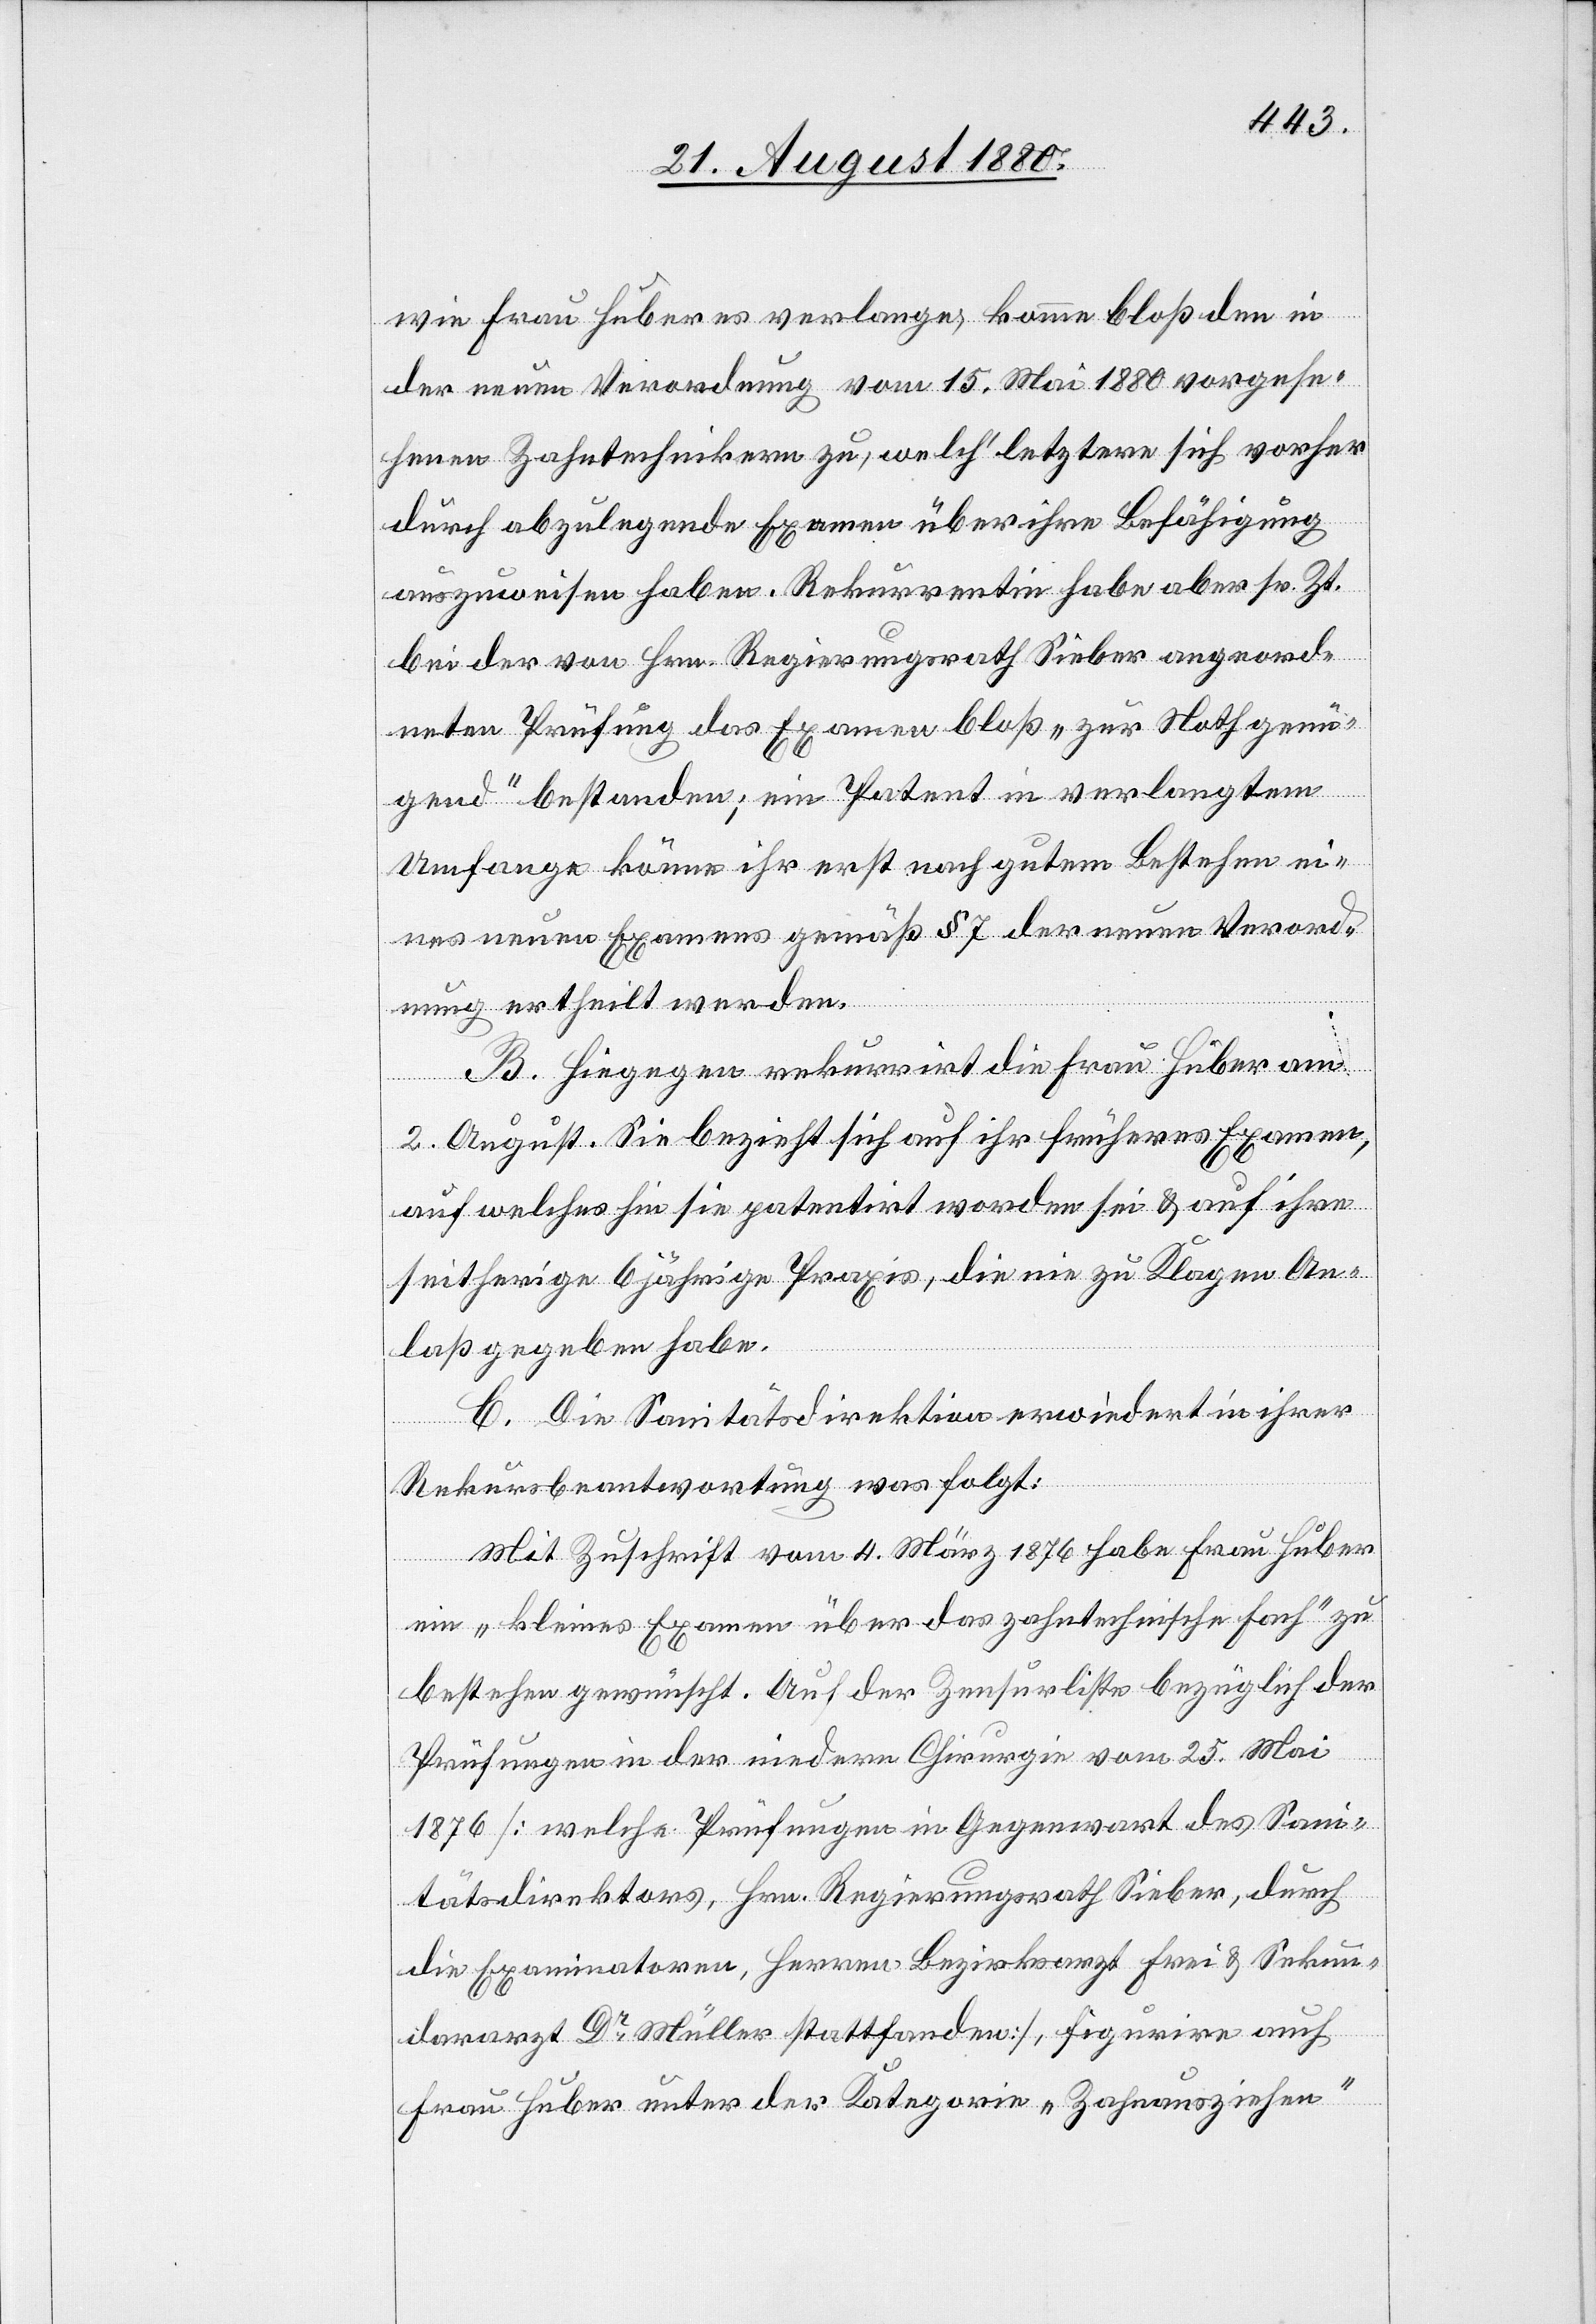
wie Frau Huber es verlange, komme bloß den in
der neuen Verordnung vom 15. Mai 1880 vorgese¬
henen Zahntechnikern zu, welch‘ letztere sich vorher
durch abzulegende Examen über ihre Befähigung
auszuweisen haben. Rekurrentin habe aber sr. Zt.
bei der von Hrn. Regierungsrath Sieber angeord¬
neten Prüfung das Examen bloß „zur Noth genü¬
gend“ bestanden; ein Patent in verlangtem
Umfange könne ihr erst nach gutem Bestehen ei¬
nes neuen Examens gemäß § 7 der neuen Verord¬
nung ertheilt werden.
B. Hiegegen rekurrirt die Frau Huber am
2. August. Sie bezieht sich auf ihr früheres Examen,
auf welches hin sie patentirt worden sei & auf ihre
seitherige 6 jährige Praxis, die nie zu Klagen An¬
laß gegeben habe.
C. Die Sanitätsdirektion erwiedert in ihrer
Rekursbeantwortung was folgt:
Mit Zuschrift vom 4. März 1876 habe Frau Huber
ein „kleines Examen über das zahntechnische Fach“ zu
bestehen gewünscht. Auf der Zensurliste bezüglich der
Prüfungen in der niedern Chirurgie vom 25. Mai
1876 [welche Prüfungen in Gegenwart des San¬
itätsdirektors, Hrn. Regierungsrath Sieber, durch
die Examinatoren, Herren Bezirksarzt Frei & Sekun¬
dararzt Dr Müller stattfanden], figurire auch
Frau Huber unter der Kategorie „Zahnausziehen“